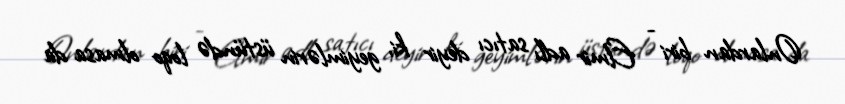
Onlardan biri - Elmir adlı satıcı deyir ki, geyimlərin üstündə loqo olmasa da